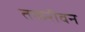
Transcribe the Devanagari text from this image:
तकरीवन